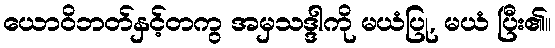
ယောဝိဘတ်နှင့်တကွ အမှသဒ္ဒါကို မယံပြု, မယံ ပြီး၏။